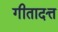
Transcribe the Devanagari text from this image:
गीतादत्त